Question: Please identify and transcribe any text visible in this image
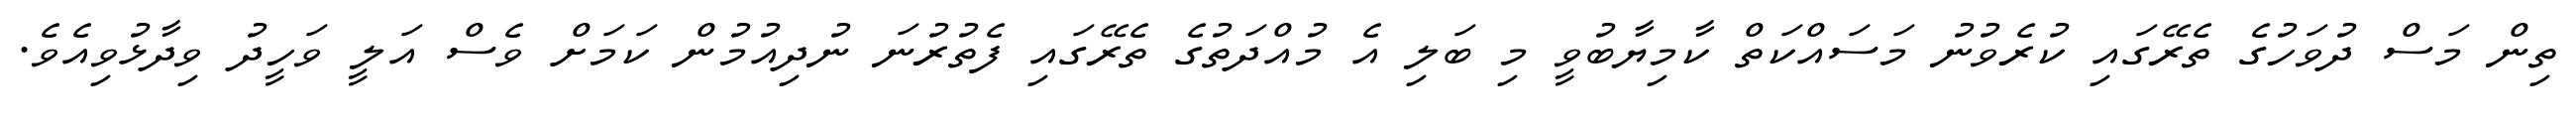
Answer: ތިން މަސް ދުވަހުގެ ތެރޭގައި ކުރެވުނު މަސައްކަތް ކާމިޔާބުވީ މި ބަލި އެ މުއްދަތުގެ ތެރޭގައި ފެތުރުނަ ނުދިއުމުން ކަމަށް ވެސް އަލީ ވަހީދު ވިދާޅުވިއެވެ.